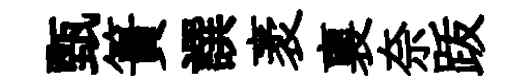
甄簣譔袤裏奈䟦